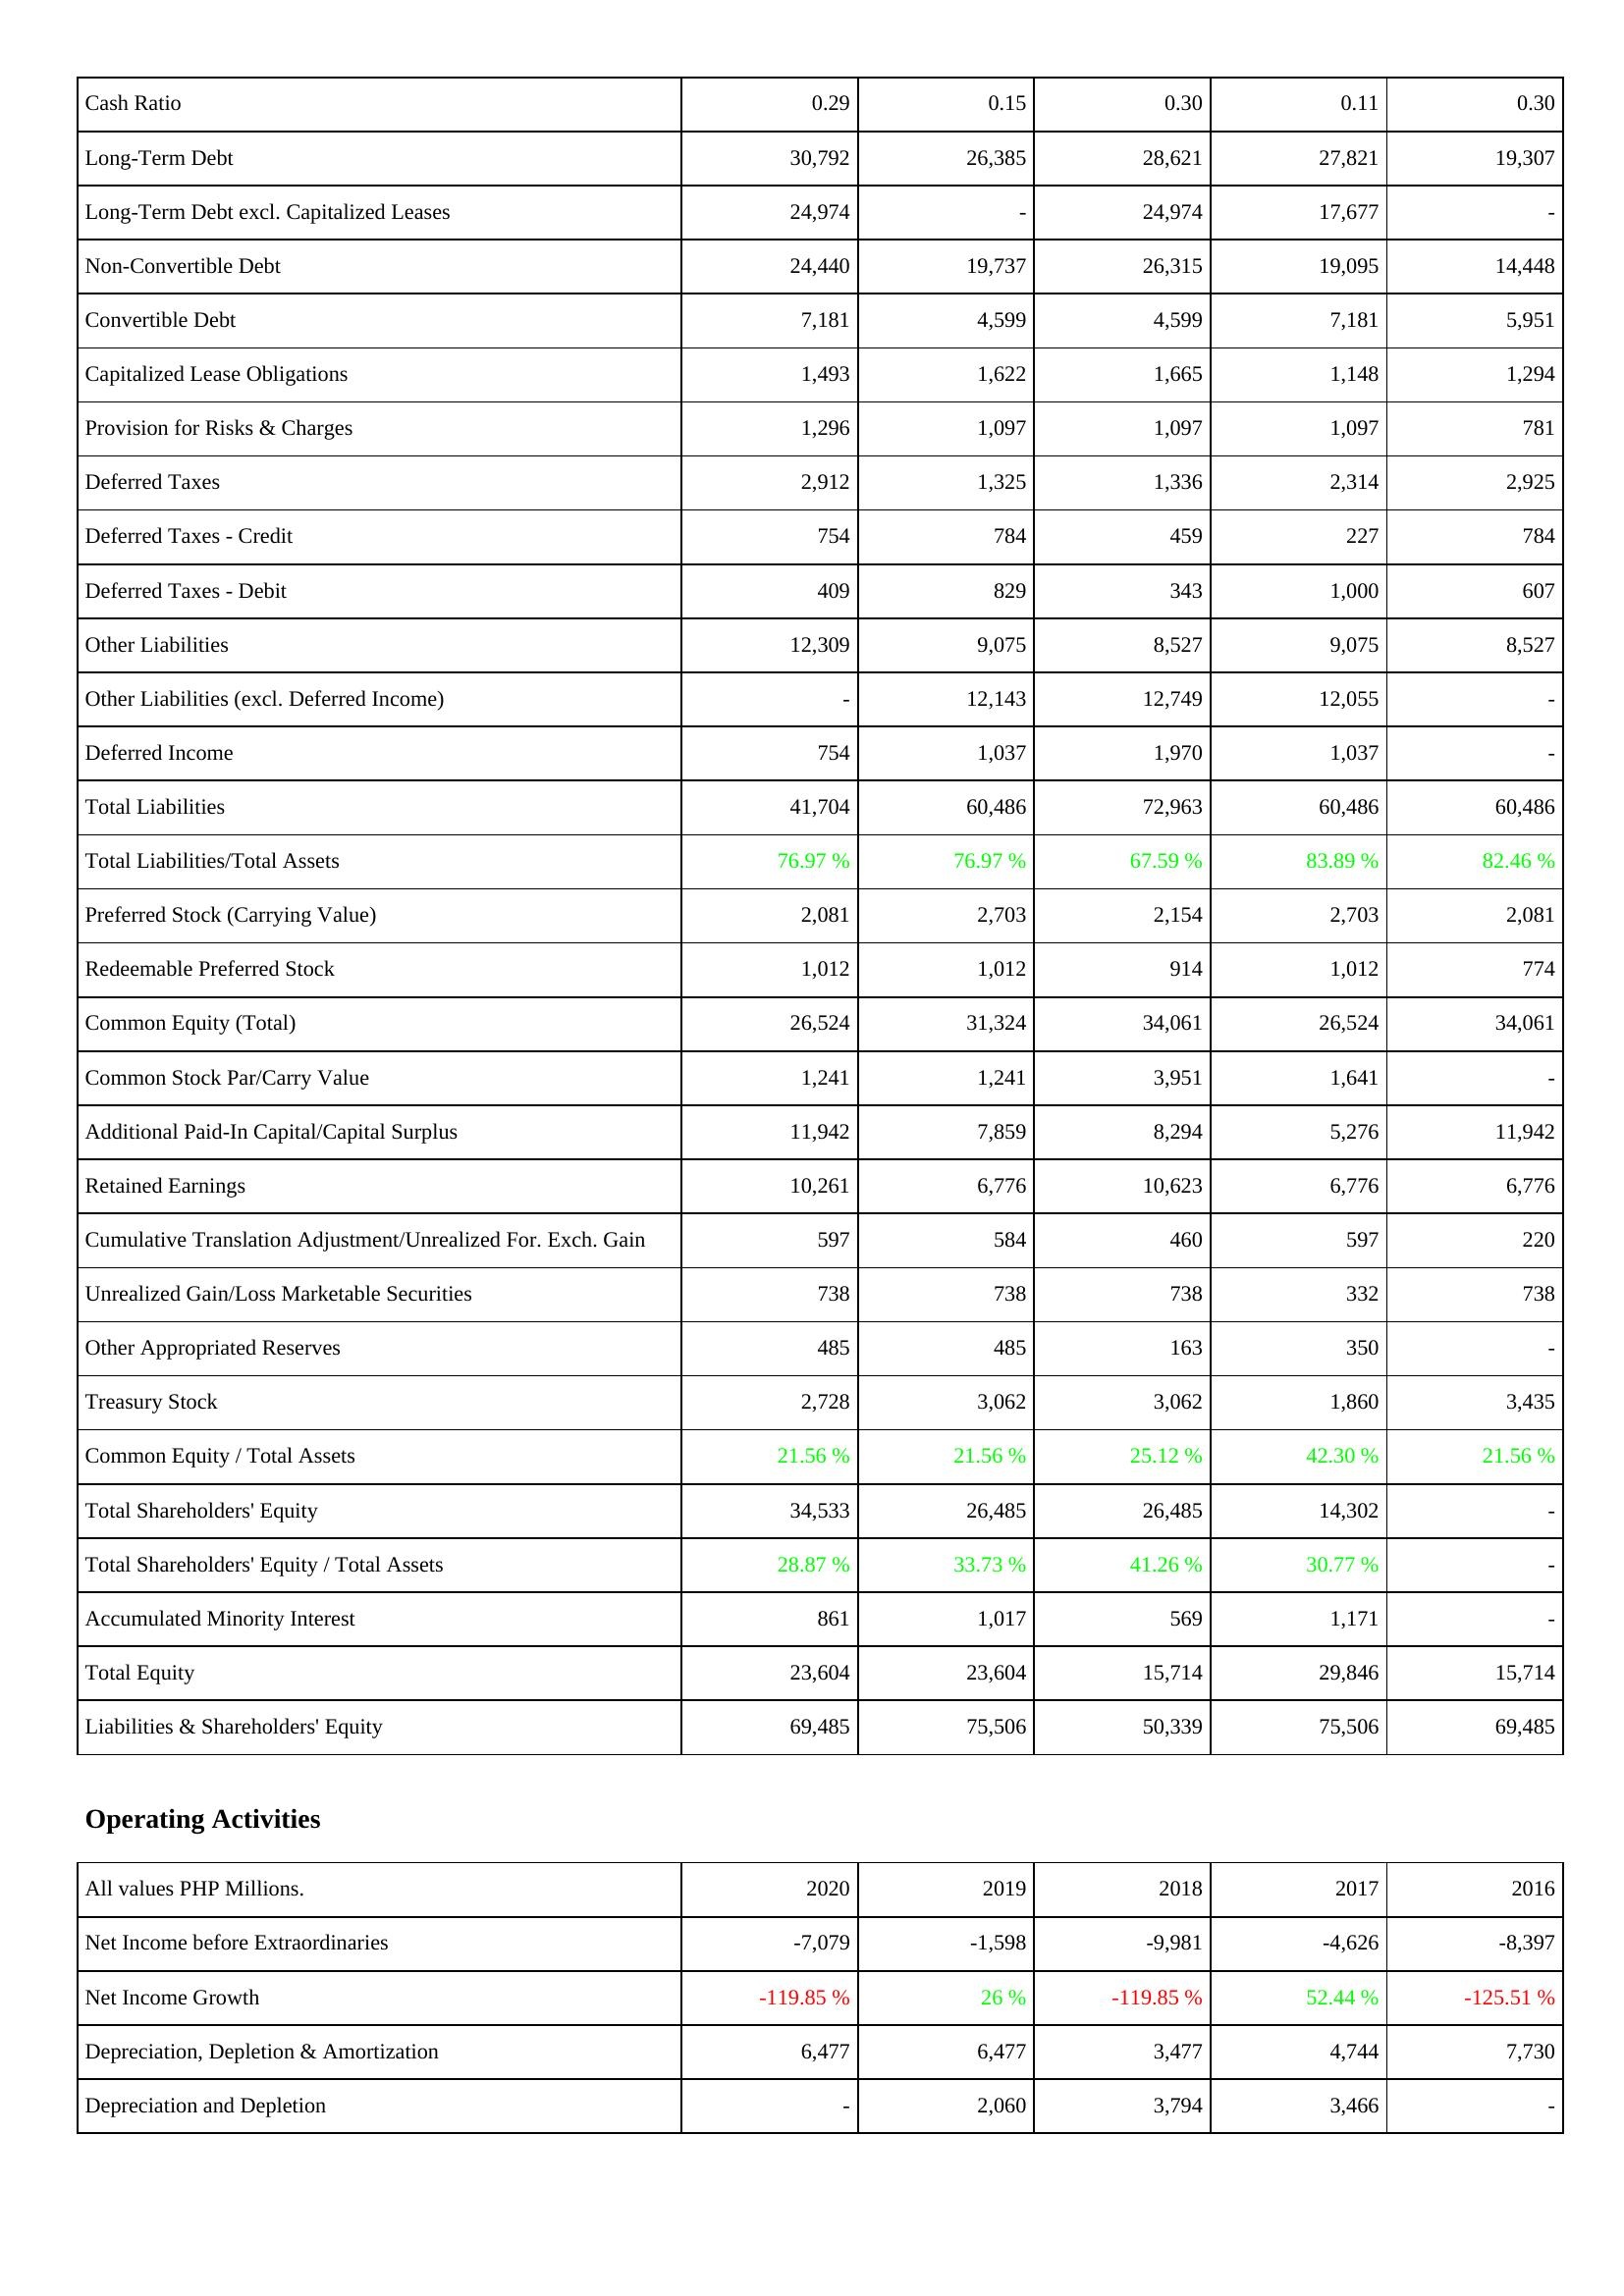
2020: Liabilities & Shareholders' Equity: Cash Ratio: 0.29
Long-Term Debt: 30,792
Long-Term Debt excl. Capitalized Leases: 24,974
Non-Convertible Debt: 24,440
Convertible Debt: 7,181
Capitalized Lease Obligations: 1,493
Provision for Risks & Charges: 1,296
Deferred Taxes: 2,912
Deferred Taxes - Credit: 754
Deferred Taxes - Debit: 409
Other Liabilities: 12,309
Other Liabilities (excl. Deferred Income): -
Deferred Income: 754
Total Liabilities: 41,704
Total Liabilities/Total Assets: 76.97 %
Preferred Stock (Carrying Value): 2,081
Redeemable Preferred Stock: 1,012
Common Equity (Total): 26,524
Common Stock Par/Carry Value: 1,241
Additional Paid-In Capital/Capital Surplus: 11,942
Retained Earnings: 10,261
Cumulative Translation Adjustment/Unrealized For. Exch. Gain: 597
Unrealized Gain/Loss Marketable Securities: 738
Other Appropriated Reserves: 485
Treasury Stock: 2,728
Common Equity / Total Assets: 21.56 %
Total Shareholders' Equity: 34,533
Total Shareholders' Equity / Total Assets: 28.87 %
Accumulated Minority Interest: 861
Total Equity: 23,604
Liabilities & Shareholders' Equity: 69,485
Operating Activities: Net Income before Extraordinaries: -7,079
Net Income Growth: -119.85 %
Depreciation, Depletion & Amortization: 6,477
Depreciation and Depletion: -
2019: Liabilities & Shareholders' Equity: Cash Ratio: 0.15
Long-Term Debt: 26,385
Long-Term Debt excl. Capitalized Leases: -
Non-Convertible Debt: 19,737
Convertible Debt: 4,599
Capitalized Lease Obligations: 1,622
Provision for Risks & Charges: 1,097
Deferred Taxes: 1,325
Deferred Taxes - Credit: 784
Deferred Taxes - Debit: 829
Other Liabilities: 9,075
Other Liabilities (excl. Deferred Income): 12,143
Deferred Income: 1,037
Total Liabilities: 60,486
Total Liabilities/Total Assets: 76.97 %
Preferred Stock (Carrying Value): 2,703
Redeemable Preferred Stock: 1,012
Common Equity (Total): 31,324
Common Stock Par/Carry Value: 1,241
Additional Paid-In Capital/Capital Surplus: 7,859
Retained Earnings: 6,776
Cumulative Translation Adjustment/Unrealized For. Exch. Gain: 584
Unrealized Gain/Loss Marketable Securities: 738
Other Appropriated Reserves: 485
Treasury Stock: 3,062
Common Equity / Total Assets: 21.56 %
Total Shareholders' Equity: 26,485
Total Shareholders' Equity / Total Assets: 33.73 %
Accumulated Minority Interest: 1,017
Total Equity: 23,604
Liabilities & Shareholders' Equity: 75,506
Operating Activities: Net Income before Extraordinaries: -1,598
Net Income Growth: 26 %
Depreciation, Depletion & Amortization: 6,477
Depreciation and Depletion: 2,060
2018: Liabilities & Shareholders' Equity: Cash Ratio: 0.30
Long-Term Debt: 28,621
Long-Term Debt excl. Capitalized Leases: 24,974
Non-Convertible Debt: 26,315
Convertible Debt: 4,599
Capitalized Lease Obligations: 1,665
Provision for Risks & Charges: 1,097
Deferred Taxes: 1,336
Deferred Taxes - Credit: 459
Deferred Taxes - Debit: 343
Other Liabilities: 8,527
Other Liabilities (excl. Deferred Income): 12,749
Deferred Income: 1,970
Total Liabilities: 72,963
Total Liabilities/Total Assets: 67.59 %
Preferred Stock (Carrying Value): 2,154
Redeemable Preferred Stock: 914
Common Equity (Total): 34,061
Common Stock Par/Carry Value: 3,951
Additional Paid-In Capital/Capital Surplus: 8,294
Retained Earnings: 10,623
Cumulative Translation Adjustment/Unrealized For. Exch. Gain: 460
Unrealized Gain/Loss Marketable Securities: 738
Other Appropriated Reserves: 163
Treasury Stock: 3,062
Common Equity / Total Assets: 25.12 %
Total Shareholders' Equity: 26,485
Total Shareholders' Equity / Total Assets: 41.26 %
Accumulated Minority Interest: 569
Total Equity: 15,714
Liabilities & Shareholders' Equity: 50,339
Operating Activities: Net Income before Extraordinaries: -9,981
Net Income Growth: -119.85 %
Depreciation, Depletion & Amortization: 3,477
Depreciation and Depletion: 3,794
2017: Liabilities & Shareholders' Equity: Cash Ratio: 0.11
Long-Term Debt: 27,821
Long-Term Debt excl. Capitalized Leases: 17,677
Non-Convertible Debt: 19,095
Convertible Debt: 7,181
Capitalized Lease Obligations: 1,148
Provision for Risks & Charges: 1,097
Deferred Taxes: 2,314
Deferred Taxes - Credit: 227
Deferred Taxes - Debit: 1,000
Other Liabilities: 9,075
Other Liabilities (excl. Deferred Income): 12,055
Deferred Income: 1,037
Total Liabilities: 60,486
Total Liabilities/Total Assets: 83.89 %
Preferred Stock (Carrying Value): 2,703
Redeemable Preferred Stock: 1,012
Common Equity (Total): 26,524
Common Stock Par/Carry Value: 1,641
Additional Paid-In Capital/Capital Surplus: 5,276
Retained Earnings: 6,776
Cumulative Translation Adjustment/Unrealized For. Exch. Gain: 597
Unrealized Gain/Loss Marketable Securities: 332
Other Appropriated Reserves: 350
Treasury Stock: 1,860
Common Equity / Total Assets: 42.30 %
Total Shareholders' Equity: 14,302
Total Shareholders' Equity / Total Assets: 30.77 %
Accumulated Minority Interest: 1,171
Total Equity: 29,846
Liabilities & Shareholders' Equity: 75,506
Operating Activities: Net Income before Extraordinaries: -4,626
Net Income Growth: 52.44 %
Depreciation, Depletion & Amortization: 4,744
Depreciation and Depletion: 3,466
2016: Liabilities & Shareholders' Equity: Cash Ratio: 0.30
Long-Term Debt: 19,307
Long-Term Debt excl. Capitalized Leases: -
Non-Convertible Debt: 14,448
Convertible Debt: 5,951
Capitalized Lease Obligations: 1,294
Provision for Risks & Charges: 781
Deferred Taxes: 2,925
Deferred Taxes - Credit: 784
Deferred Taxes - Debit: 607
Other Liabilities: 8,527
Other Liabilities (excl. Deferred Income): -
Deferred Income: -
Total Liabilities: 60,486
Total Liabilities/Total Assets: 82.46 %
Preferred Stock (Carrying Value): 2,081
Redeemable Preferred Stock: 774
Common Equity (Total): 34,061
Common Stock Par/Carry Value: -
Additional Paid-In Capital/Capital Surplus: 11,942
Retained Earnings: 6,776
Cumulative Translation Adjustment/Unrealized For. Exch. Gain: 220
Unrealized Gain/Loss Marketable Securities: 738
Other Appropriated Reserves: -
Treasury Stock: 3,435
Common Equity / Total Assets: 21.56 %
Total Shareholders' Equity: -
Total Shareholders' Equity / Total Assets: -
Accumulated Minority Interest: -
Total Equity: 15,714
Liabilities & Shareholders' Equity: 69,485
Operating Activities: Net Income before Extraordinaries: -8,397
Net Income Growth: -125.51 %
Depreciation, Depletion & Amortization: 7,730
Depreciation and Depletion: -